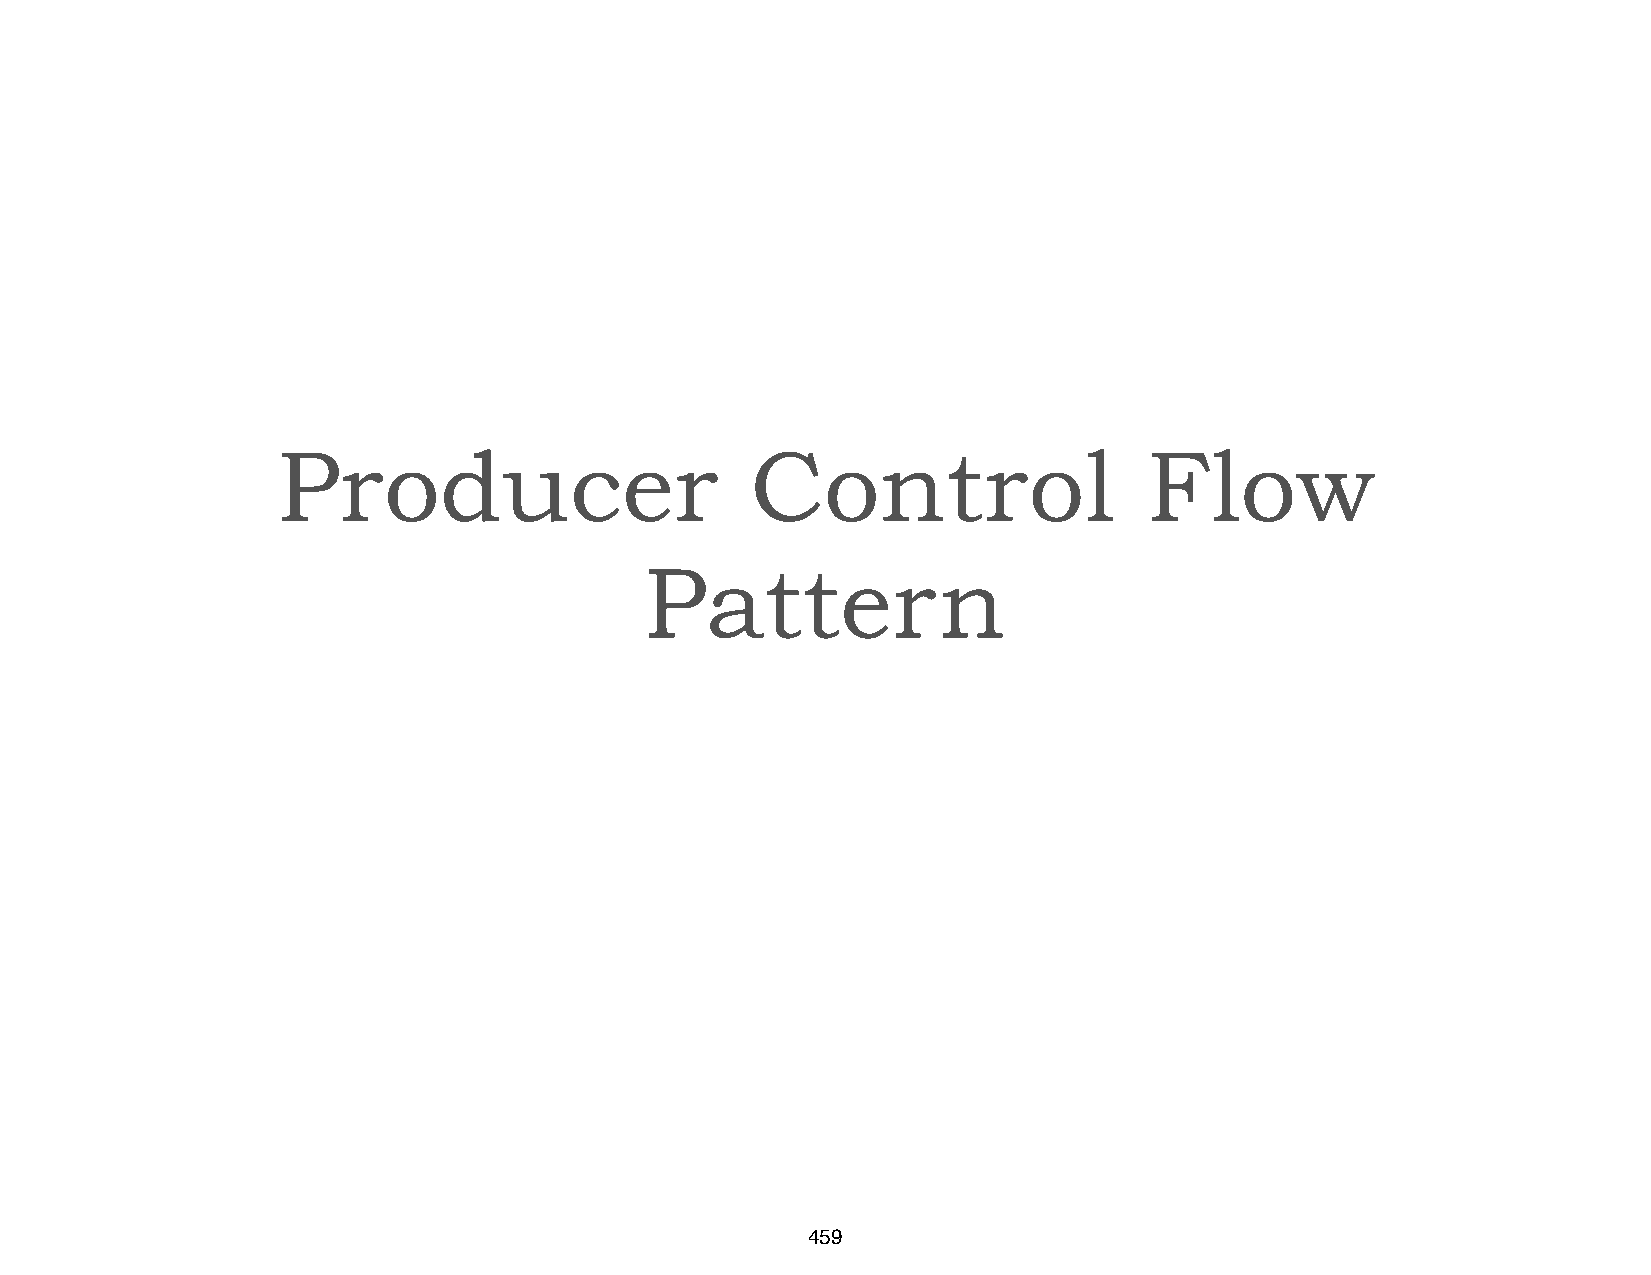
Producer                        Control                   Flow
 Pattern
 459